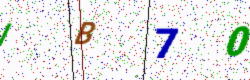
Text: IB70